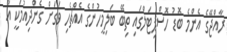
ރާއްޖޭގެ އެންމެ ބޮޑު ހޮސްޕިޓަލްގައި ތިބޭ ބަލިމީހުންގެ އެއްޗެހި ވަގަށް ގެންދިއުމަކީ އާ